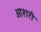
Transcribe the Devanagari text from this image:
ओशरी